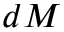
d M